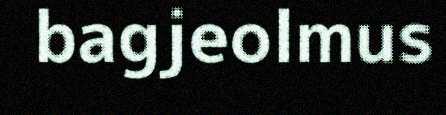
bagjeolmus